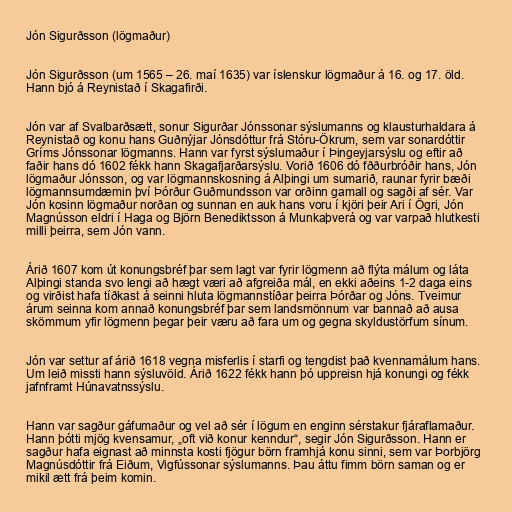
Jón Sigurðsson (lögmaður)

Jón Sigurðsson (um 1565 – 26. maí 1635) var íslenskur lögmaður á 16. og 17. öld.
Hann bjó á Reynistað í Skagafirði.

Jón var af Svalbarðsætt, sonur Sigurðar Jónssonar sýslumanns og klausturhaldara á
Reynistað og konu hans Guðnýjar Jónsdóttur frá Stóru-Ökrum, sem var sonardóttir
Gríms Jónssonar lögmanns. Hann var fyrst sýslumaður í Þingeyjarsýslu og eftir að
faðir hans dó 1602 fékk hann Skagafjarðarsýslu. Vorið 1606 dó fððurbróðir hans, Jón
lögmaður Jónsson, og var lögmannskosning á Alþingi um sumarið, raunar fyrir bæði
lögmannsumdæmin því Þórður Guðmundsson var orðinn gamall og sagði af sér. Var
Jón kosinn lögmaður norðan og sunnan en auk hans voru í kjöri þeir Ari í Ögri, Jón
Magnússon eldri í Haga og Björn Benediktsson á Munkaþverá og var varpað hlutkesti
milli þeirra, sem Jón vann.

Árið 1607 kom út konungsbréf þar sem lagt var fyrir lögmenn að flýta málum og láta
Alþingi standa svo lengi að hægt væri að afgreiða mál, en ekki aðeins 1-2 daga eins
og virðist hafa tíðkast á seinni hluta lögmannstíðar þeirra Þórðar og Jóns. Tveimur
árum seinna kom annað konungsbréf þar sem landsmönnum var bannað að ausa
skömmum yfir lögmenn þegar þeir væru að fara um og gegna skyldustörfum sínum.

Jón var settur af árið 1618 vegna misferlis í starfi og tengdist það kvennamálum hans.
Um leið missti hann sýsluvöld. Árið 1622 fékk hann þó uppreisn hjá konungi og fékk
jafnframt Húnavatnssýslu.

Hann var sagður gáfumaður og vel að sér í lögum en enginn sérstakur fjáraflamaður.
Hann þótti mjög kvensamur, „oft við konur kenndur“, segir Jón Sigurðsson. Hann er
sagður hafa eignast að minnsta kosti fjögur börn framhjá konu sinni, sem var Þorbjörg
Magnúsdóttir frá Eiðum, Vigfússonar sýslumanns. Þau áttu fimm börn saman og er
mikil ætt frá þeim komin.